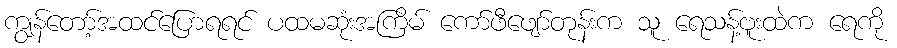
ကျွန်တော့်အထင်ပြောရရင် ပထမဆုံးအကြိမ် ကော်ဖီဖျော်တုန်းက သူ ရေသန့်ဗူးထဲက ရေကို